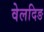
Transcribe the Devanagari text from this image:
वेलदिङ